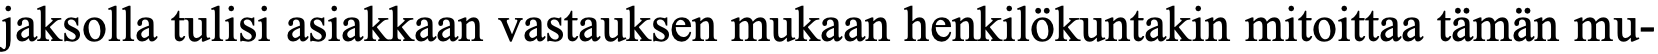
jaksolla tulisi asiakkaan vastauksen mukaan henkilökuntakin mitoittaa tämän mu-